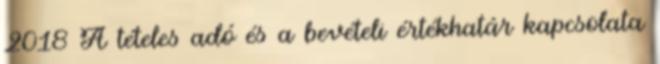
2018 A tételes adó és a bevételi értékhatár kapcsolata